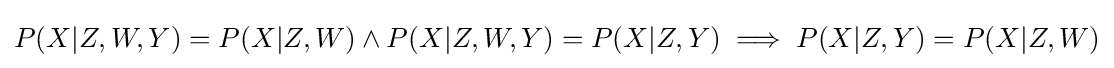
P(X|Z,W,Y)=P(X|Z,W)\land P(X|Z,W,Y)=P(X|Z,Y)\implies P(X|Z,Y)=P(X|Z,W)